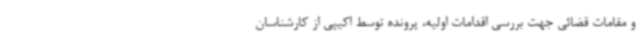
و مقامات قضائی جهت بررسی اقدامات اولیه، پرونده توسط اکیپی از کارشناسان